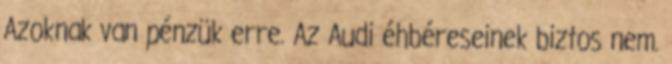
Azoknak van pénzük erre. Az Audi éhbéreseinek biztos nem.